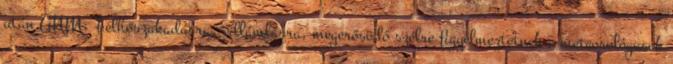
után ANM: Felhőszakadásra, villámlásra, megerősödő szélre figyelmeztetnek a meteorológusok